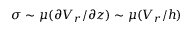
\sigma \sim \mu ( \partial V _ { r } / \partial z ) \sim \mu ( V _ { r } / h )